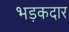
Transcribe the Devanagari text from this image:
भड़कदार